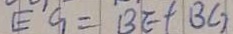
E ^ { \prime } G = B E + B C